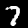
Digit: 7